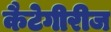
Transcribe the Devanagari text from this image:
कैटेगीरीज